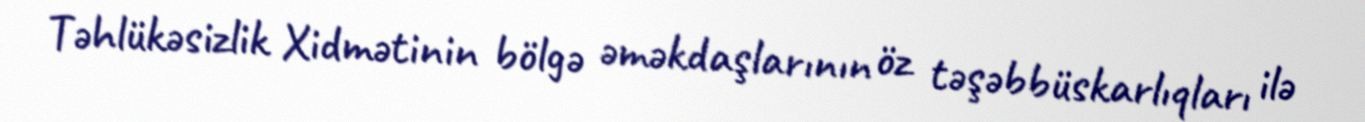
Təhlükəsizlik Xidmətinin bölgə əməkdaşlarının öz təşəbbüskarlıqları ilə